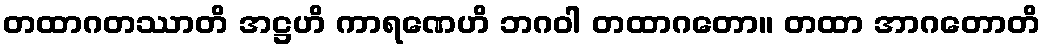
တထာဂတဿာတိ အဋ္ဌဟိ ကာရဏေဟိ ဘဂဝါ တထာဂတော။ တထာ အာဂတောတိ